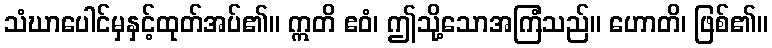
သံဃာပေါင်မှနှင့်ထုတ်အပ်၏။ ဣတိ ဧဝံ၊ ဤသို့သောအကြံသည်။ ဟောတိ၊ ဖြစ်၏။